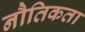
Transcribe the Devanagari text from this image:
नौतिकता